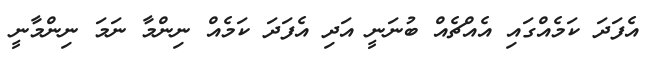
އެފަދަ ކަމެއްގައި އެއްޗެއް ބުނަނީ އަދި އެފަދަ ކަމެއް ނިންމާ ނަމަ ނިންމާނީ